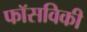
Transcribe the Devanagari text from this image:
फॉसविकी